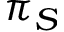
\pi _ { S }